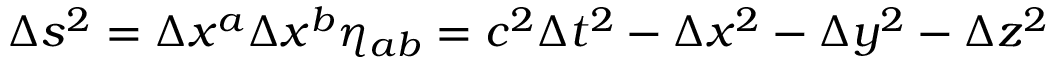
\Delta s ^ { 2 } = \Delta x ^ { a } \Delta x ^ { b } \eta _ { a b } = c ^ { 2 } \Delta t ^ { 2 } - \Delta x ^ { 2 } - \Delta y ^ { 2 } - \Delta z ^ { 2 }